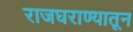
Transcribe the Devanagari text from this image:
राजघराण्यातून